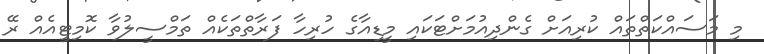
މި މަސައްކަތްތައް ކުރިއަށް ގެންދިއުމަށްޓަކައި މީޑިއާގެ ހުރިހާ ފަރާތްތަކެއް ތަމްސީލުވާ ކޮމިޓީއެއް ރޭ